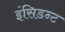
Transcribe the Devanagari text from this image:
इंसिडन्ट